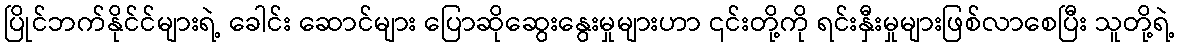
ပြိုင်ဘက်နိုင်င်များရဲ့ ခေါင်း ဆောင်များ ပြောဆိုဆွေးနွေးမှုများဟာ ၎င်းတို့ကို ရင်းနှီးမှုများဖြစ်လာစေပြီး သူတို့ရဲ့